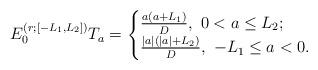
LaTeX: \begin{align*}E_0^{(r;[-L_1,L_2])}T_a=\begin{cases}\frac{a(a+L_1)}D,\ 0<a\le L_2;\\\frac{|a|(|a|+L_2)}D,\ -L_1\le a<0.\end{cases}\end{align*}